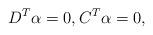
LaTeX: \begin{align*} D^T \alpha = 0, C^T \alpha = 0,\end{align*}